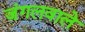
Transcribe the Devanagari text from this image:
जंगलवाले